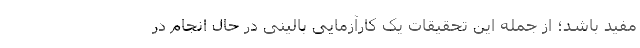
مفید باشد؛ از جمله این تحقیقات یک کارآزمایی بالینی در حال انجام در